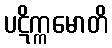
ပဋိက္ကမောတိ